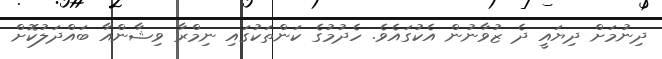
ދިނުމަށް ދިޔައީ ދެ ޒުވާނުން އެކުގައެވެ. ހެދުމުގެ ކަންތަކުގައި ނިމްރާ ވިޝާންއާ ބައްދަލުކޮށް